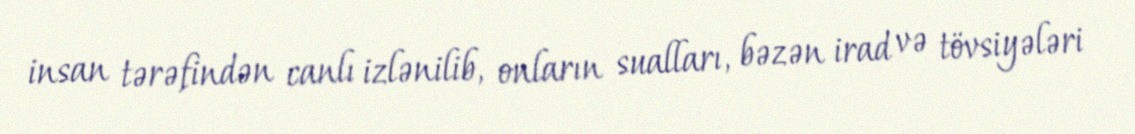
insan tərəfindən canlı izlənilib, onların sualları, bəzən irad və tövsiyələri